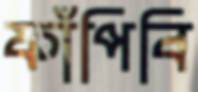
ফাঁপিবি